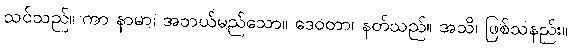
သင်သည်။ ကာ နာမာ၊ အဘယ်မည်သော။ ဒေဝတာ၊ နတ်သည်။ အသိ၊ ဖြစ်သနည်း။